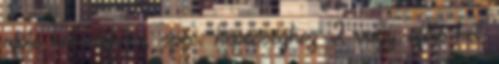
afölé kell dobnia, spec. képességhez 2 vagy afölé kell